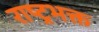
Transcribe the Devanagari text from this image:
राष्ट्रभक्त